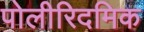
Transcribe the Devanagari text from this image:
पोलीरिदमिक